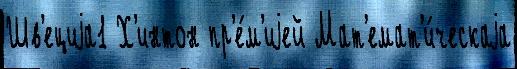
Шв'ециjа1 Х'интон пр'е́м'иjей Мат'емат'и́ческаjа